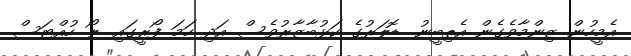
އެމީހުން ޒިންމާވެގެން އެތިބީނު. ޑޮލަރުގެ ކަޅުބާޒާރުވެސް އަދި ހަމަ ފޯރީގައި. ލޯ ހުއްޓަސް